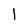
Character: I